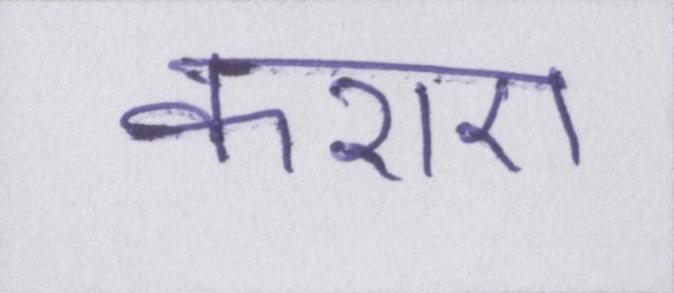
कराए